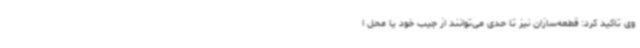
وی تاکید کرد: قطعه‌سازان نیز تا حدی می‌توانند از جیب خود یا محل ا